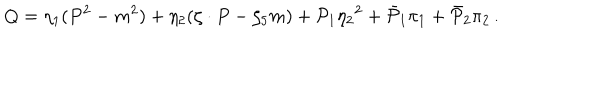
LaTeX: Q = \eta _ { 1 } ( P ^ { 2 } - m ^ { 2 } ) + \eta _ { 2 } ( \zeta \cdot P - \zeta _ { 5 } m ) + { \cal P } _ { 1 } { \eta _ { 2 } } ^ { 2 } + { \bar { \cal P } } _ { 1 } \pi _ { 1 } + { \bar { \cal P } } _ { 2 } \pi _ { 2 } \, .